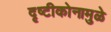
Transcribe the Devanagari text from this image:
दृष्टीकोनामुळे